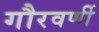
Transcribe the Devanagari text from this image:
गौरवर्णी